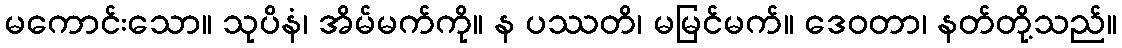
မကောင်းသော။ သုပိနံ၊ အိမ်မက်ကို။ န ပဿတိ၊ မမြင်မက်။ ဒေဝတာ၊ နတ်တို့သည်။